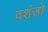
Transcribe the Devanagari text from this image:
वशंजो